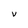
Character: V